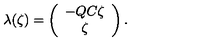
\lambda ( \zeta ) = \left( \begin{array} { c } { - Q C \zeta } \\ { \zeta } \\ \end{array} \right) .